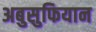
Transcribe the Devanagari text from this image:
अबुसुफियान